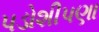
પડોશીપણા